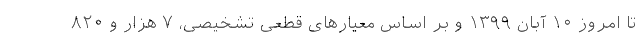
تا امروز ۱۰ آبان ۱۳۹۹ و بر اساس معیارهای قطعی تشخیصی، ۷ هزار و ۸۲۰